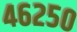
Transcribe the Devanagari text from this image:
४६२५०